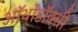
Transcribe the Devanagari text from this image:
ऑर्थोडॉक्सी